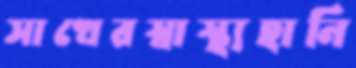
সাখেরস্বাস্থ্যহানি